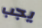
يجب